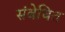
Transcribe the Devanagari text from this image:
संबेधित